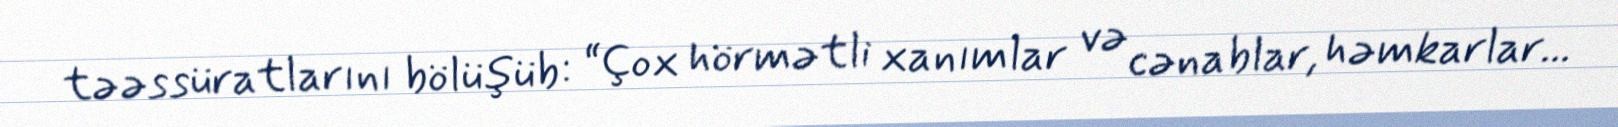
təəssüratlarını bölüşüb: “Çox hörmətli xanımlar və cənablar, həmkarlar...